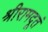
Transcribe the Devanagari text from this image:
श्रीरामदूतं